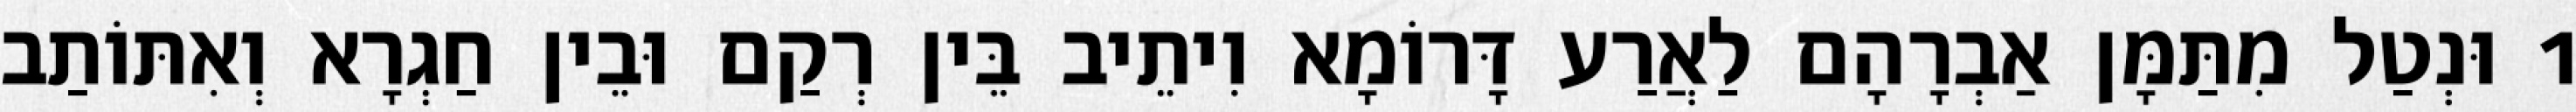
1 וּנְטַל מִתַּמָּן אַבְרָהָם לַאֲרַע דָּרוֹמָא וִיתֵיב בֵּין רְקַם וּבֵין חַגְרָא וְאִתּוֹתַב